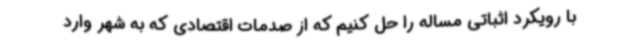
با رویکرد اثباتی مساله را حل کنیم که از صدمات اقتصادی که به شهر وارد